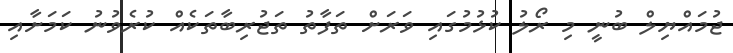
ޖުމައްޔިލް ބުނީ މި ރޯލު ކުޅުމުގައި ވަރަށް ތަފާތު ތަޖުރިބާތަކެއް ކުރެވުނު ކަމަށާއި